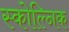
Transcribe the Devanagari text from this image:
स्कोल्निक